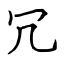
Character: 冗